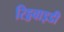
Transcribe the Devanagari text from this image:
रिड्डवाइडी